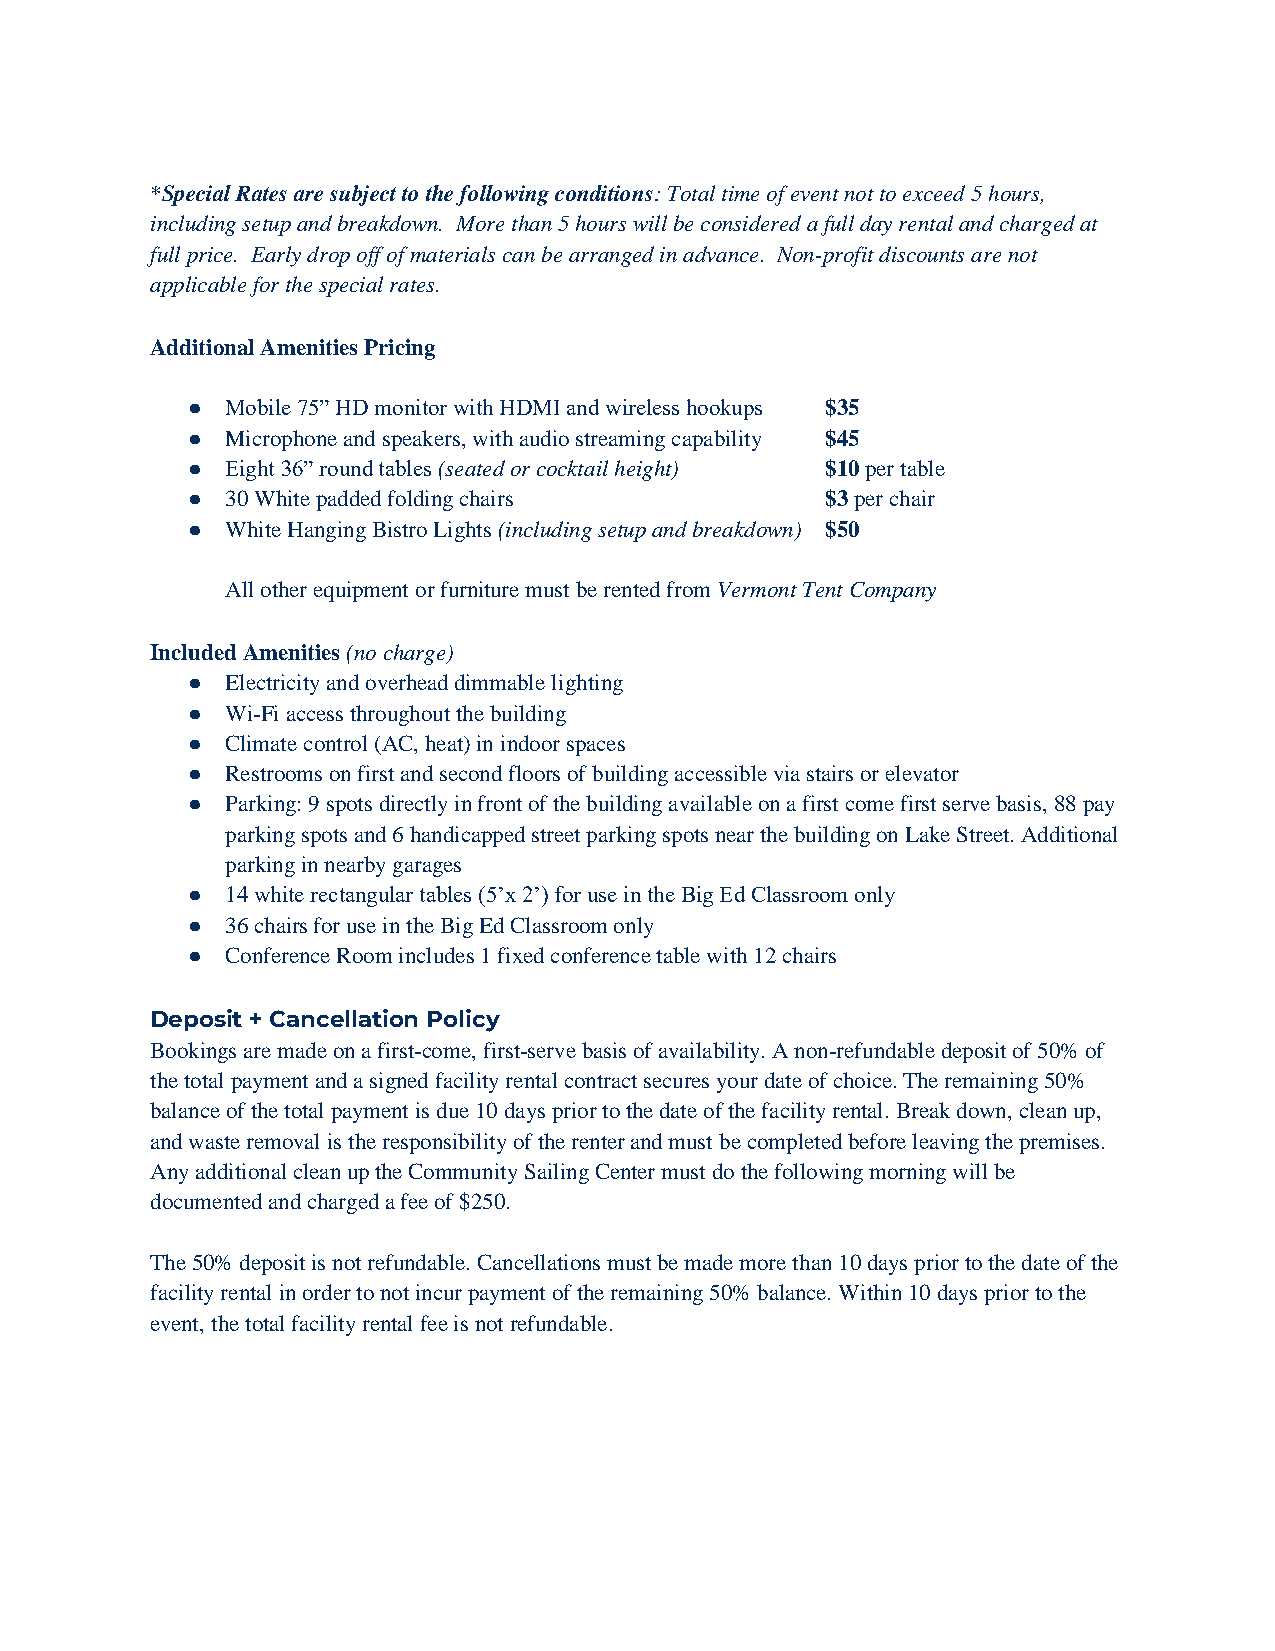
*Special Rates are subject to the following conditions: Total time of event not to exceed 5 hours,
 including setup and breakdown. More than 5 hours will be considered a full day rental and charged at
 full price. Early drop off of materials can be arranged in advance. Non-profit discounts are not
 applicable for the special rates.
 Additional Amenities Pricing
 ●  Mobile 75” HD monitor with HDMI and wireless hookups $35
 ●  Microphone and speakers, with audio streaming capability $45
 ●  Eight 36” round tables (seated or cocktail height) $10 per table
 ●  30 White padded folding chairs          $3 per chair
 ●  White Hanging Bistro Lights (including setup and breakdown) $50
 All other equipment or furniture must be rented from Vermont Tent Company
 Included Amenities (no charge)
 ●  Electricity and overhead dimmable lighting
 ●  Wi-Fi access throughout the building
 ●  Climate control (AC, heat) in indoor spaces
 ●  Restrooms on first and second floors of building accessible via stairs or elevator
 ●  Parking: 9 spots directly in front of the building available on a first come first serve basis, 88 pay
 parking spots and 6 handicapped street parking spots near the building on Lake Street. Additional
 parking in nearby garages
 ●  14 white rectangular tables (5’x 2’) for use in the Big Ed Classroom only
 ●  36 chairs for use in the Big Ed Classroom only
 ●  Conference Room includes 1 fixed conference table with 12 chairs
 Deposit + Cancellation Policy
 Bookings are made on a first-come, first-serve basis of availability. A non-refundable deposit of 50% of
 the total payment and a signed facility rental contract secures your date of choice. The remaining 50%
 balance of the total payment is due 10 days prior to the date of the facility rental. Break down, clean up,
 and waste removal is the responsibility of the renter and must be completed before leaving the premises.
 Any additional clean up the Community Sailing Center must do the following morning will be
 documented and charged a fee of $250.
 The 50% deposit is not refundable. Cancellations must be made more than 10 days prior to the date of the
 facility rental in order to not incur payment of the remaining 50% balance. Within 10 days prior to the
 event, the total facility rental fee is not refundable.